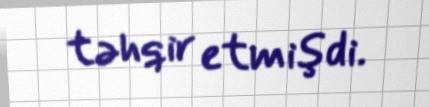
təhqir etmişdi.